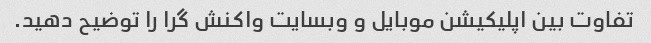
تفاوت بین اپلیکیشن موبایل و وبسایت واکنش گرا را توضیح دهید.